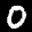
Label: 0